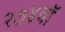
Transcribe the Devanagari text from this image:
२७४वॉ